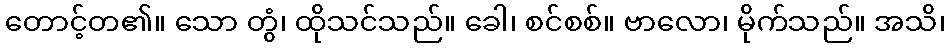
တောင့်တ၏။ သော တွံ၊ ထိုသင်သည်။ ခေါ၊ စင်စစ်။ ဗာလော၊ မိုက်သည်။ အသိ၊